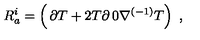
R _ { a } ^ { i } = \left( \begin{matrix} { \partial T + 2 T \partial } & { 0 } \\ { \nabla ^ { ( - 1 ) } } & { T } \\ \end{matrix} \right) \ ,